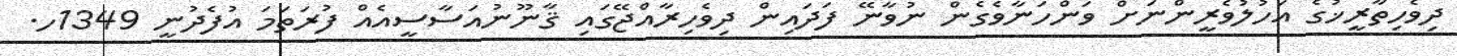
ދިވެހިތާރީޚުގެ އަހުލުވެރީންނަށް ވަންހަނާވެގެން ނުވާނޭ ފަދައިން ދިވެހިރާއްޖޭގައި ޤާނޫނުއަސާސީއެއް ފުރަތަމަ އުފެދުނީ 1349ހ.